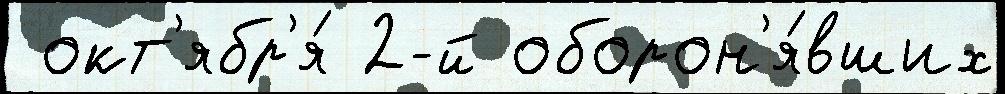
 окт'ябр'я́ 2-й оборон'я́вших